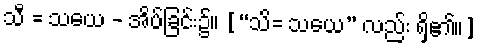
သီ = သယေ - အိပ်ခြင်း၌။ [“သိ= သယေ” လည်း ရှိ၏။]